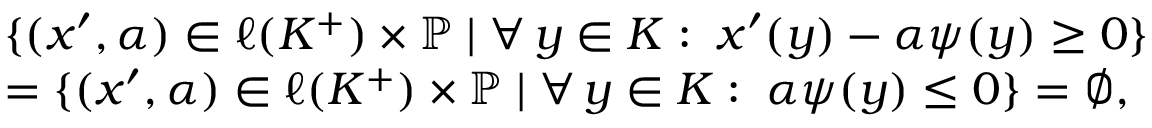
\begin{array} { r l } & { \{ ( x ^ { \prime } , \alpha ) \in \ell ( K ^ { + } ) \times \mathbb { P } \mid \forall \, y \in K : \; x ^ { \prime } ( y ) - \alpha \psi ( y ) \geq 0 \} } \\ & { = \{ ( x ^ { \prime } , \alpha ) \in \ell ( K ^ { + } ) \times \mathbb { P } \mid \forall \, y \in K : \; \alpha \psi ( y ) \leq 0 \} = \emptyset , } \end{array}